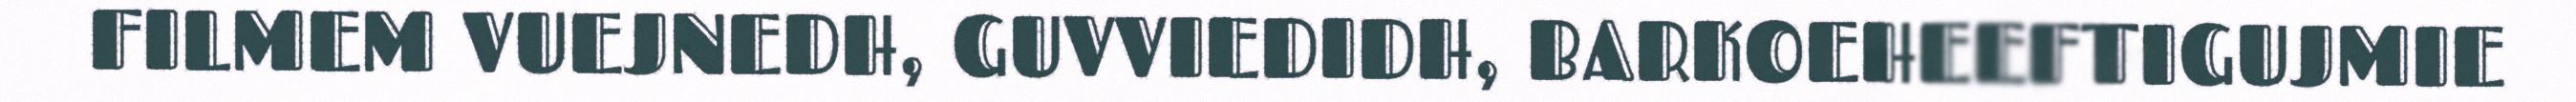
FILMEM VUEJNEDH, GUVVIEDIDH, BARKOEHEEFTIGUJMIE